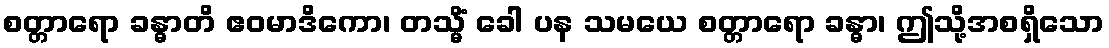
စတ္တာရော ခန္ဓာတိ ဧဝမာဒိကော၊ တသ္မိံ ခေါ ပန သမယေ စတ္တာရော ခန္ဓာ၊ ဤသို့အစရှိသော